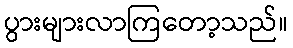
ပွားများလာကြတော့သည်။